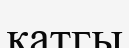
қатгы